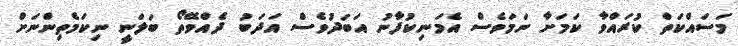
މަސައްކަތް ކުރައްވާ ކަމަށާ ނަމަވެސް އެމަނިކުފާނު އަބަދުވެސް އަދަބު ދެއްވޭތޯ ބަލަނީ ނިކަމެތިންނަށް